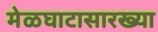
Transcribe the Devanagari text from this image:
मेळघाटासारख्या